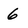
Character: 6